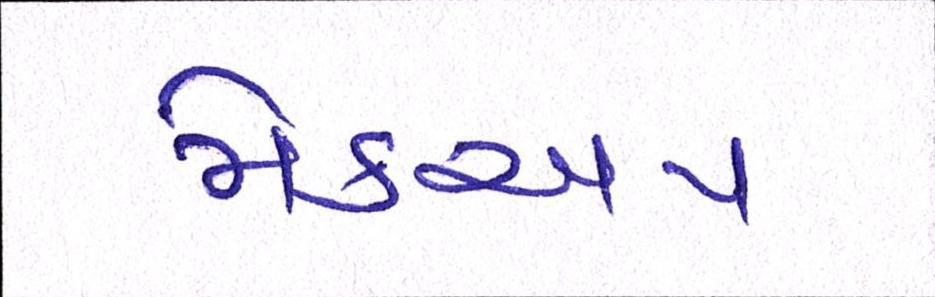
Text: મેકઅપ